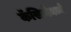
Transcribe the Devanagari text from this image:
कॅसिनोमध्ये